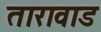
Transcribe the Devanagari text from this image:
तारावाड